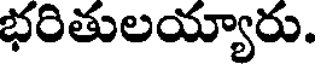
భరితులయ్యారు.